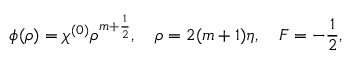
\phi ( \rho ) = \chi ^ { ( 0 ) } \rho ^ { m + \frac 1 2 } , \quad \rho = 2 ( m + 1 ) \eta , \quad F = - \frac 1 2 ,